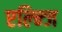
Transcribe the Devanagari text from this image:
एल्न्जि